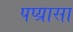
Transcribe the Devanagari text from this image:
पप्य्रासा